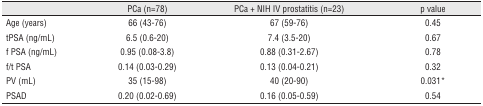
<table><thead><tr><td></td><td><b>PCa (n=78)</b></td><td><b>PCa + NIH IV prostatitis (n=23)</b></td><td><b>p value</b></td></tr></thead><tbody><tr><td>Age (years)</td><td>66 (43–76)</td><td>67 (59–76)</td><td>0.45</td></tr><tr><td>tPSA (ng/mL)</td><td>6.5 (0.6–20)</td><td>7.4 (3.5–20)</td><td>0.67</td></tr><tr><td>f PSA (ng/mL)</td><td>0.95 (0.08–3.8)</td><td>0.88 (0.31–2.67)</td><td>0.78</td></tr><tr><td>f/t PSA</td><td>0.14 (0.03–0.29)</td><td>0.13 (0.04–0.21)</td><td>0.32</td></tr><tr><td>PV (mL)</td><td>35 (15–98)</td><td>40 (20–90)</td><td>0.031*</td></tr><tr><td>PSAD</td><td>0.20 (0.02–0.69)</td><td>0.16 (0.05–0.59)</td><td>0.54</td></tr></tbody></table>